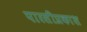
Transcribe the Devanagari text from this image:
पारसीप्रकाश